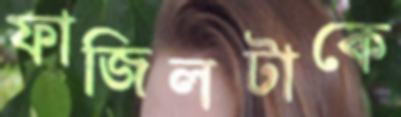
ফাজিলটাকে